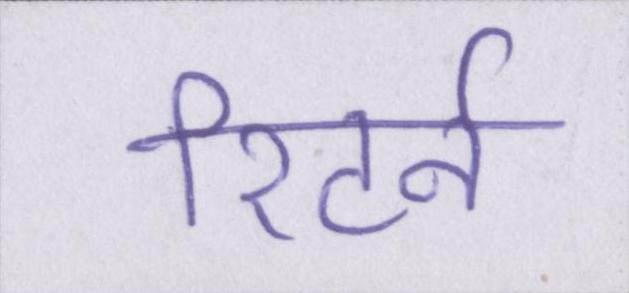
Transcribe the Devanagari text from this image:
रिटर्न